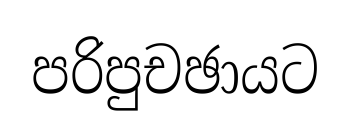
පරිපුචඡායට